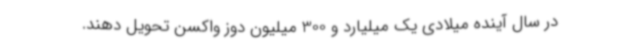
در سال آینده میلادی یک میلیارد و 300 میلیون دوز واکسن تحویل دهند.